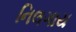
નિલગાય